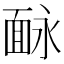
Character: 𩈗